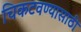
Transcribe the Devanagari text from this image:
चिकटवण्यासाठी